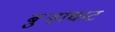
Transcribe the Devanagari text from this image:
बुऱ्हाघाट